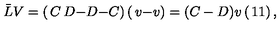
\bar { L } V = \left( \begin{matrix} { C } & { D } \\ { - D } & { - C } \\ \end{matrix} \right) \left( \begin{matrix} { v } \\ { - v } \\ \end{matrix} \right) = ( C - D ) v \left( \begin{matrix} { 1 } \\ { 1 } \\ \end{matrix} \right) ,